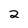
Character: 2